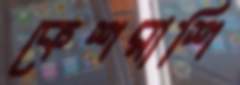
কেশরাশি